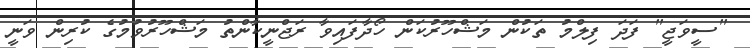
"ސީވަޖީ" ފަދަ ފިލްމު ތަކުން މަޝްހޫރުކަން ހޯދާފައިވާ ރަޖްނީކާންތު މަޝްހޫރުވުމުގެ ކުރިން ވަނީ